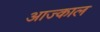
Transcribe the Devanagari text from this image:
आज्काल